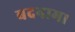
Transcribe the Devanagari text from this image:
बदनाम।